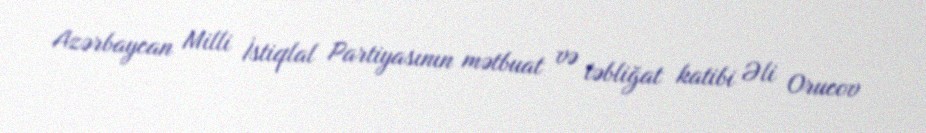
Azərbaycan Milli İstiqlal Partiyasının mətbuat və təbliğat katibi Əli Orucov